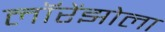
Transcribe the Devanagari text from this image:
लॉरेंझोला